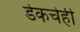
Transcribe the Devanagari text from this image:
डेकचेही